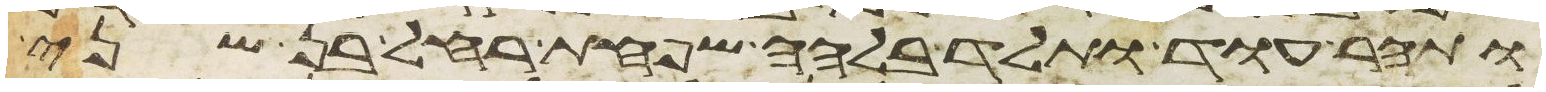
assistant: ותהר עוד ותלד בלהה שפחת רחל בן שני